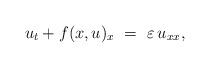
LaTeX: \begin{align*} u_t + f(x,u)_x~=~\varepsilon\, u_{xx},\end{align*}